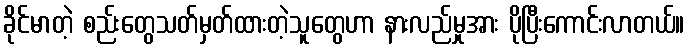
ခိုင်မာတဲ့ စည်းတွေသတ်မှတ်ထားတဲ့သူတွေဟာ နားလည်မှုအား ပိုပြီးကောင်းလာတယ်။